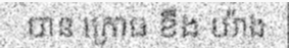
បាន ក្រោធ ខឹង យ៉ាង